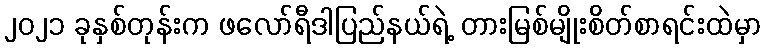
၂၀၂၁ ခုနှစ်တုန်းက ဖလော်ရီဒါပြည်နယ်ရဲ့ တားမြစ်မျိုးစိတ်စာရင်းထဲမှာ